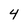
Character: 4